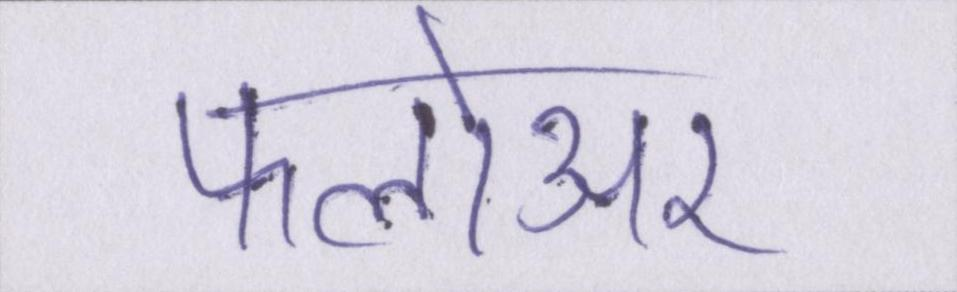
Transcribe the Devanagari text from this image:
फालोअर